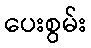
ပေးစွမ်း